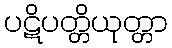
ပဋိပတ္တိယုတ္တာ